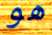
هو